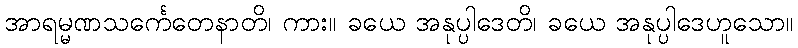
အာရမ္မဏသင်္ကေတေနာတိ၊ ကား။ ခယေ အနုပ္ပါဒေတိ၊ ခယေ အနုပ္ပါဒေဟူသော။